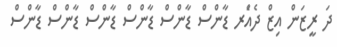
ދަ ރީޒަން އިޒް ދެއަެރ ޑާންސް ޑާންސް ޑާންސް ޑާންސް ޑާންސް ޑާންސް